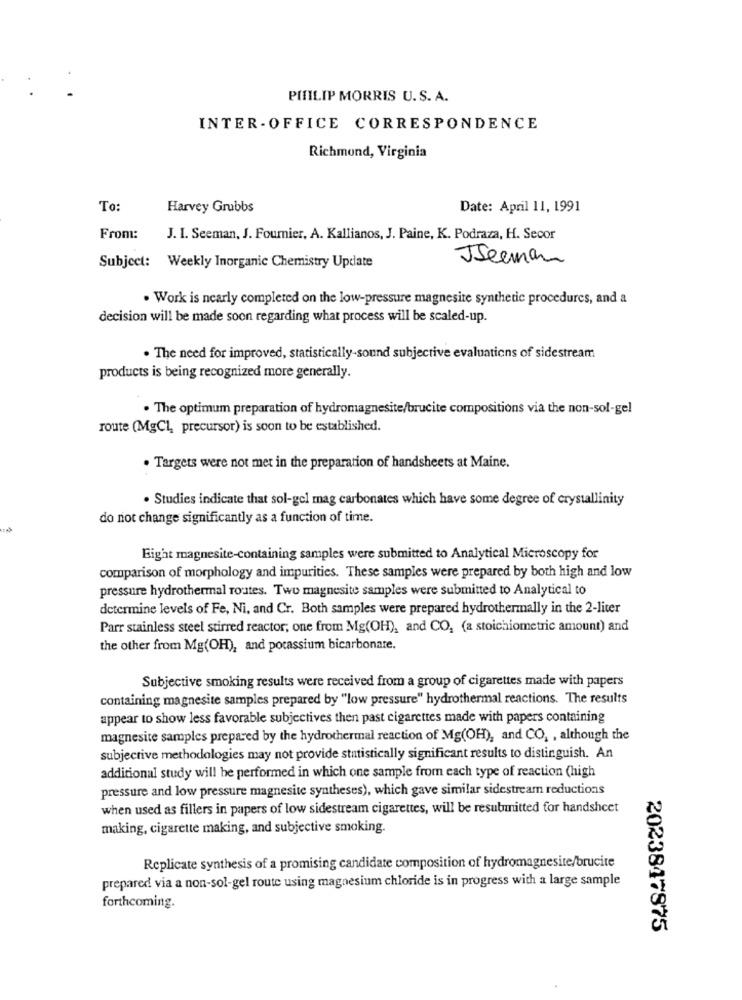
PHILIP MORRIS U.S. A.
INTER- OFFICE CORRESPONDENCE
Richmond, Virginia
To:
Harvey Grubbs
Date: April 11, 1991
From:
J. I. Seeman, J. Fournier, A. Kallianos, J. Paine, K. Podraza, H. Secor
JSeeman
Subject: Weekly Inorganic Chemistry Update
. Work is nearly completed on the low-pressure magnesite synthetic procedures, and a
decision will be made soon regarding what process will be scaled-up.
. The need for improved, statistically-sound subjective evaluations of sidestream
products is being recognized more generally.
. The optimum preparation of hydromagnesite/brucite compositions via the non-sol-gel
route (MgCl, precursor) is soon to be established.
. Targets were not met in the preparation of handsheets at Maine.
. Studies indicate that sol-gel mag carbonates which have some degree of crystallinity
do not change significantly as a function of time.
Eight magnesite-containing samples were submitted to Analytical Microscopy for
comparison of morphology and impurities. These samples were prepared by both high and low
pressure hydrothermal routes. Two magnesite samples were submitted to Analytical to
determine levels of Fe, Ni, and Cr. Both samples were prepared hydrothermally in the 2-liter
Parr stainless steel stirred reactor; one from Mg(OH), and CO, (a stoichiometric amount) and
the other from Mg(OH), and potassium bicarbonate.
Subjective smoking results were received from a group of cigarettes made with papers
containing magnesite samples prepared by "low pressure" hydrothermal reactions. The results
appear to show less favorable subjectives then past cigarettes made with papers containing
magnesite samples prepared by the hydrothermal reaction of Mg(OH), and CO, , although the
subjective methodologies may not provide statistically significant results to distinguish. An
additional study will be performed in which one sample from each type of reaction (high
pressure and low pressure magnesite syntheses), which gave similar sidestream reductions
when used as fillers in papers of low sidestream cigarettes, will be resubmitted for handsheet
making, cigarette making, and subjective smoking.
Replicate synthesis of a promising candidate composition of hydromagnesite/brucite
prepared via a non-sol-gel route using magnesium chloride is in progress with a large sample
forthcoming.
2023847875